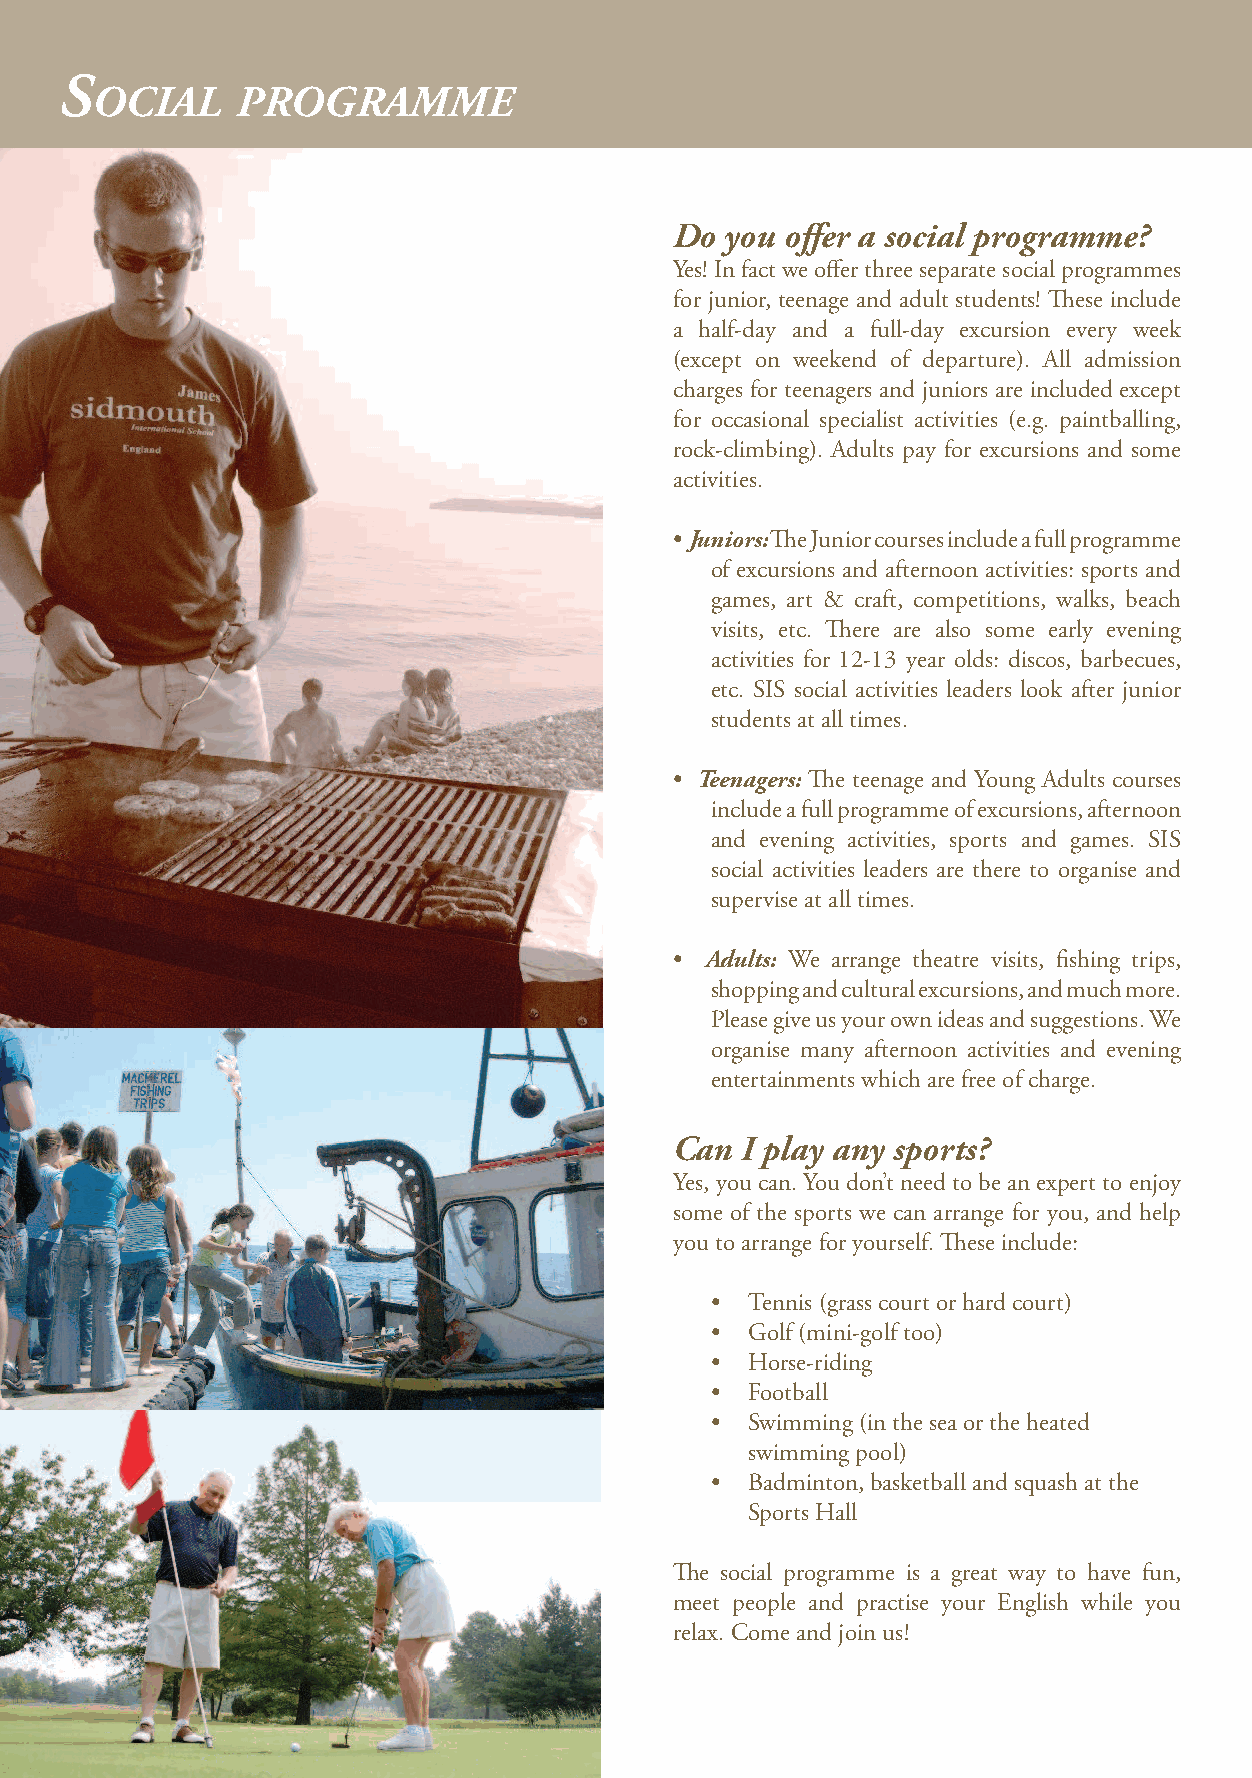
W                     S                       S
 elcome       to     idmouth                 ocial     programme
 Where is Sidmouth?                   When  is the best time to come                                                       Do  you offer a social programme?
 to Sidmouth?
 Sidmouth is on the south west coast of England, in the                                                                    Yes! In fact we offer three separate social programmes
 beautiful county of Devon. SIS is the only language It depends on you. Sidmouth is a town for all seasons.                for junior, teenage and adult students! These include
 school in Sidmouth.                                                                                                       a half-day and a full-day excursion every week
 (except on weekend of departure). All admission
 Spring
 -  new life, new friends, new skills
 charges for teenagers and juniors are included except
 Summer
 What  is Sidmouth like?                      - bright sun, blue sea, vacation courses for                                 for occasional specialist activities (e.g. paintballing,
 the family                                                                  rock-climbing). Adults pay for excursions and some
 Sidmouth is a safe and friendly seaside town in a lovely
 Autumn                                                                               activities.
 river valley. There are traditional shops, cafes and pubs - changing colours, carnivals, exams courses
 for you to enjoy. The town itself is small (population Winter
 - log fires, bright lights, low course prices
 • Juniors: The Junior courses include a full programme
 15,000) but there are lots of things to do:
 of excursions and afternoon activities: sports and
 games, art & craft, competitions, walks, beach
 • cinema and theatre
 What  is the weather like?                                                              visits, etc. There are also some early evening
 • safe beach
 Sidmouth is in the warmest part of the country. We have                                 activities for 12-13 year olds: discos, barbecues,
 • sports: tennis, golf, horse-riding
 pretty good weather (for England!) We don’t                                             etc. SIS social activities leaders look after junior
 • indoor swimming pool and sports hall
 usually freeze in the winter (average 9oC) and the                                      students at all times.
 • excellent shopping
 summer is often a comfortable 20-25oC.
 • Teenagers: The teenage and Young Adults courses
 include a full programme of excursions, afternoon
 Where is the school?
 and evening activities, sports and games. SIS
 How  can I travel to Sidmouth?
 The main school is in the centre of town, five minutes                                                                       social activities leaders are there to organise and
 We make it as easy as we can (please see travel details on
 from the sea. There are 11 classrooms for adults on a                                                                        supervise at all times.
 back cover).
 campus with an attractive garden. The separate teenage
 and junior departments are nearby (15 classrooms).                                                                        •  Adults: We arrange theatre visits, fishing trips,
 shopping and cultural excursions, and much more.
 Please give us your own ideas and suggestions. We
 organise many afternoon activities and evening
 entertainments which are free of charge.
 Can  I play any sports?
 Yes, you can. You don’t need to be an expert to enjoy
 some of the sports we can arrange for you, and help
 you to arrange for yourself. These include:
 • Tennis (grass court or hard court)
 • Golf (mini-golf too)
 • Horse-riding
 • Football
 • Swimming (in the sea or the heated
 swimming pool)
 • Badminton, basketball and squash at the
 Sports Hall
 The social programme is a great way to have fun,
 SIS Students                                        meet people and practise your English while you
 relax. Come and join us!